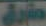
طارق